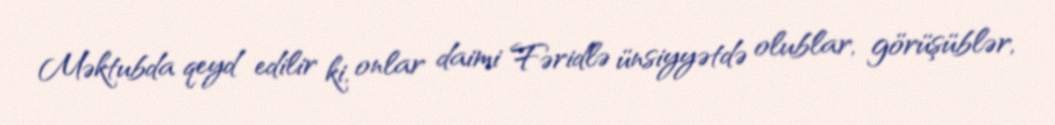
Məktubda qeyd edilir ki, onlar daimi Fəridlə ünsiyyətdə olublar, görüşüblər,